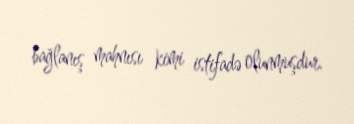
bağlanış mahnısı kimi istifadə olunmuşdur.